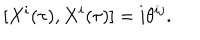
LaTeX: \lbrack X ^ { i } ( \tau ) , X ^ { i } ( \tau ) ] = i \theta ^ { i j } .